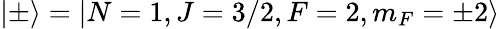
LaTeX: \left|\pm\right\rangle=\left|N=1,J=3/2,F=2,m_{F}=\pm 2\right\rangle